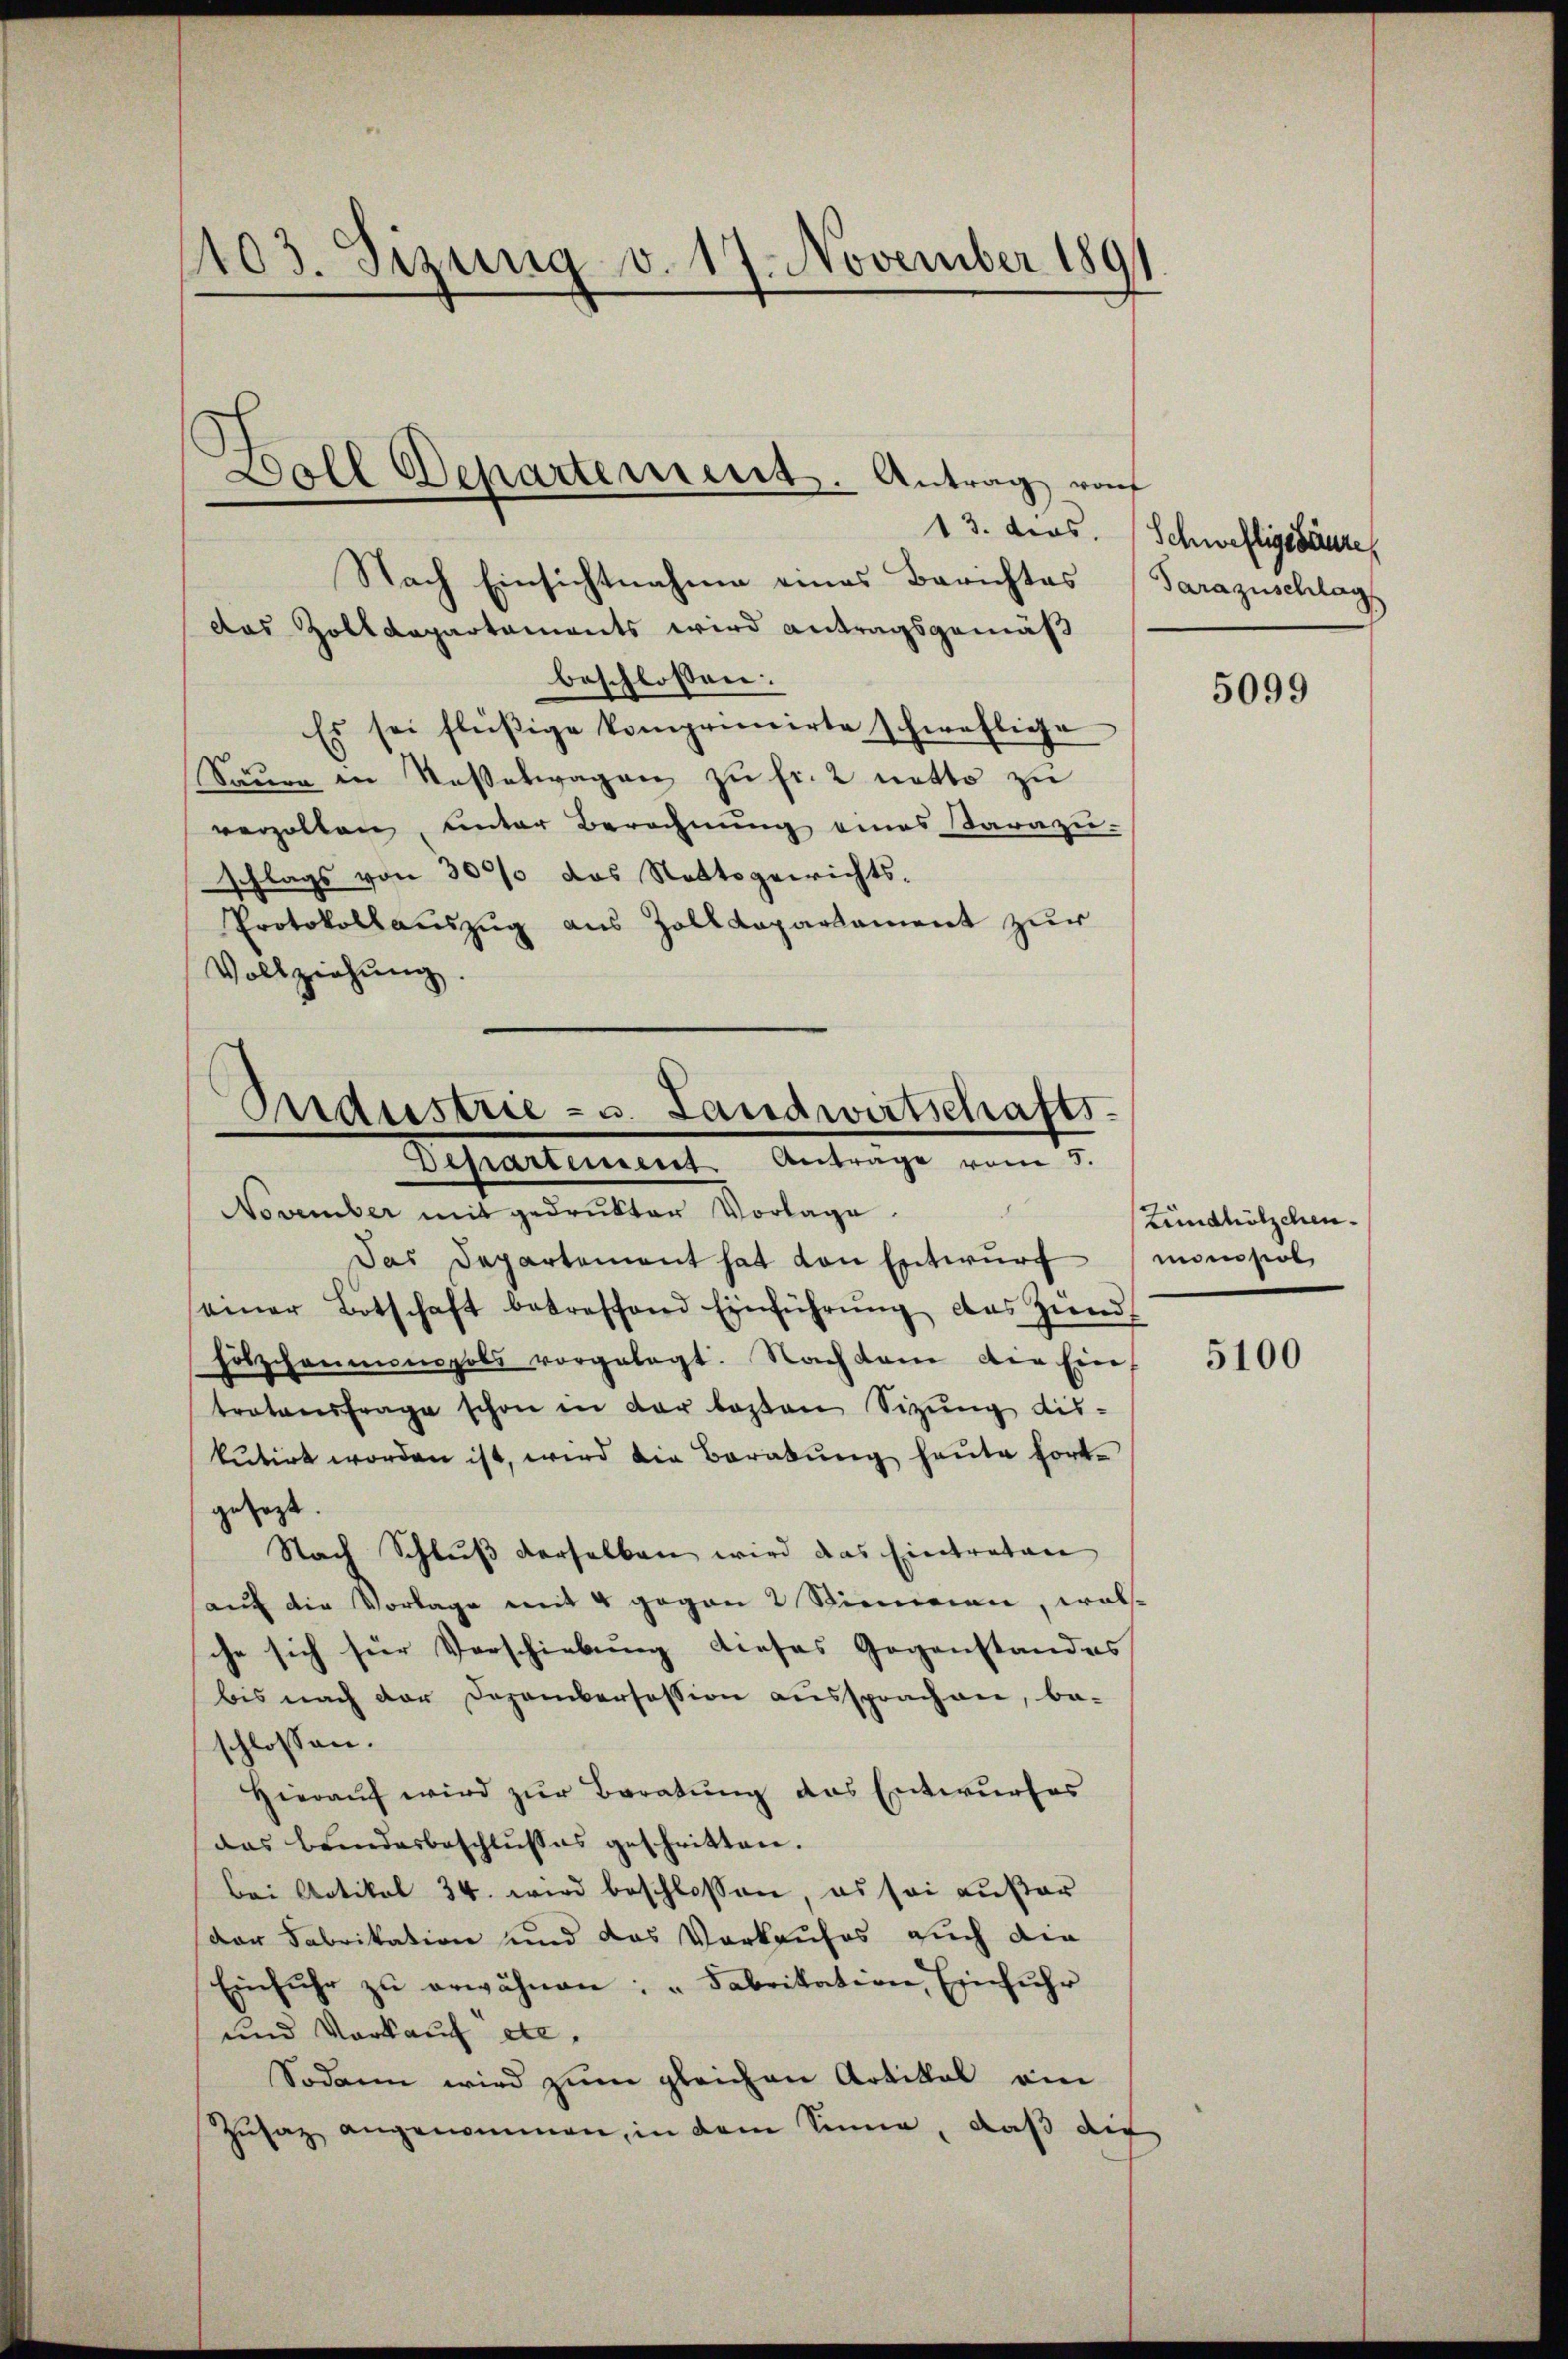
1103. Sizung v. 17. November 189

beschlossen:
Es sei fleißige komprimirte schweflige
Säure in Kasselwagen zu fr. 2 netto zu
verzollen, unter Berechnung eines Sarazu-
schlags von 3000 das Stattsgewichts-
Protokollauszug aus Zolldepartament zur
Vollziehŭng.

Doll Departement. Antrag rof
13. dies.
Nach Einsichtnahme eines Berichtes
das Zolldepartaments wird antragsgemäß

Andustrie - u. Landwirtschafts
Departement. Antrage vom 5.
November mit gedrukter Vorlage.

Schweftigssäure
Parazuschlag

Das Departement hat von Entwurf
einer Botschaft betreffend Einführŭng des Zünd
hölzchenmonopols vorgelegt. Nach dem die Ein
tratonsfrage schon in der besten Sitzŭng dis-
kutirt worden ist, wird die Beratŭng heute fort-
gesezt.
Stadt Schluß derselben wird das Eintraten
aŭf die Vorlage mit 4 gegen 2 Stimmen, wel-
che sich für Verschiebung dieses Gegenstandes
bis nach der Dezembersession aussprachen, be-
schlossen:
Hieraŭf wird zur Beratung das Entwurfes
das bundesbeschlŭsses geschritten.
bei Artikel 34. wird beschlossen, es sei außer
der Fabrikation und das Vorkaufes auch die
Einfuhr zŭ erwähnen: „Fabrikation, Einfuhr
und Vorkauf etc.
Sodann wird zŭm gleichen Artikal am
Zŭsaz angenommen, in dem Sinne, daß die

5099

Zündhölzchen.
monsol

5100